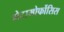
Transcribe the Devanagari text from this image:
मेटामोर्फोसिस